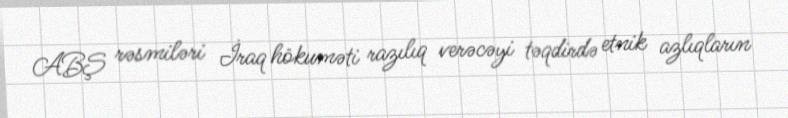
ABŞ rəsmiləri İraq hökuməti razılıq verəcəyi təqdirdə etnik azlıqların